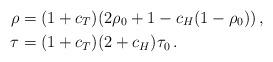
LaTeX: \begin{align*}\rho &= (1+c_T) (2\rho_0 + 1 - c_H (1 - \rho_0)) \, , \\\tau &= (1+c_T)(2+c_H)\tau_0 \, .\end{align*}